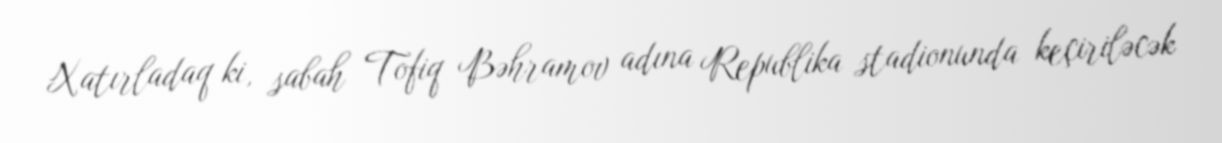
Xatırladaq ki, sabah Tofiq Bəhramov adına Republika stadionunda keçiriləcək